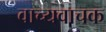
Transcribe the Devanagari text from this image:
वाच्यवाचक